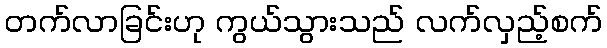
တက်လာခြင်းဟု ကွယ်သွားသည် လက်လှည့်စက်